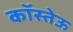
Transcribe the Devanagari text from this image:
कॉस्तेऊ